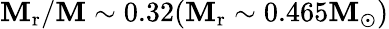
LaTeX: \mathbf{M}_{\mathrm{{r}}}/\mathbf{M}\sim0.32(\mathbf{M}_{\mathrm{{r}}}\sim0.465\mathbf{M}_{\odot})